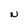
Character: N